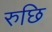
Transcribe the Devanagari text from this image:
रुछि